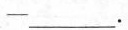
-___ .